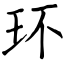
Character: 环